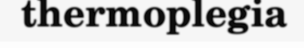
thermoplegia